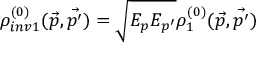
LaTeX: \rho _ { i n v 1 } ^ { ( 0 ) } ( \vec { p } , \vec { p ^ { \prime } } ) = \sqrt { E _ { p } E _ { p ^ { \prime } } } \rho _ { 1 } ^ { ( 0 ) } ( \vec { p } , \vec { p ^ { \prime } } )